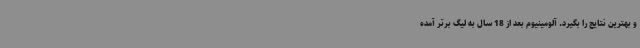
و بهترین نتایج را بگیرد. آلومینیوم بعد از 18 سال به لیگ برتر آمده